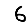
Digit: 6